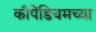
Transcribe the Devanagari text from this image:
काँपेंडियमच्या